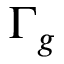
\Gamma _ { g }